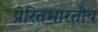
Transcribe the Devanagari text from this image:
प्रेरितभारतीय